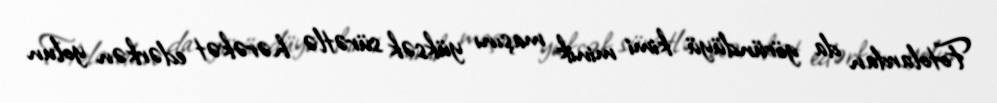
Fotolardan da göründüyü kimi minik maşını yüksək sürətlə hərəkət edərkən yolun